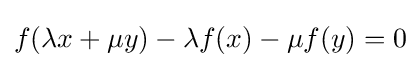
f(\lambda x+\mu y)-\lambda f(x)-\mu f(y)=0